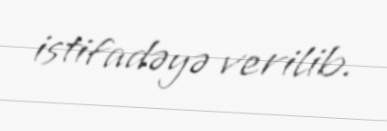
istifadəyə verilib.